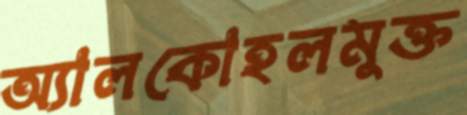
অ্যালকোহলমুক্ত